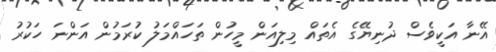
އޭނާ އަކީވެސް ދުނިޔޭގެ އެތައް މިލިއަން މީހުން ތަހައްމަލު ކުރަމުން އަންނަ ހަކުރު